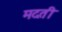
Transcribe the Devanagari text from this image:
मदती